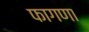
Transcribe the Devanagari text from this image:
फागणा